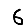
Digit: 6